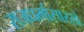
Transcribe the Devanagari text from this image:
राजधर्मासारखे